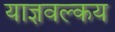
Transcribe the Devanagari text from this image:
याज्ञवल्कय